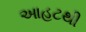
આહટથી